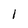
Character: 1